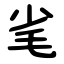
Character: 毟